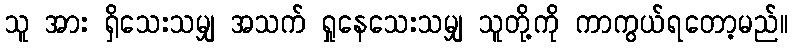
သူ အား ရှိသေးသမျှ အသက် ရှုနေသေးသမျှ သူတို့ကို ကာကွယ်ရတော့မည်။